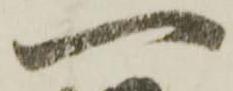
一